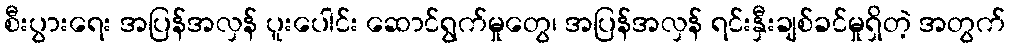
စီးပွားရေး အပြန်အလှန် ပူးပေါင်း ဆောင်ရွက်မှုတွေ၊ အပြန်အလှန် ရင်းနှီးချစ်ခင်မှုရှိတဲ့ အတွက်